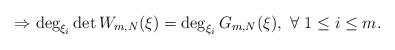
LaTeX: \begin{align*}\Rightarrow \deg_{\xi_i}\det{W_{m,N}(\xi)}=\deg_{\xi_i}G_{m,N}(\xi),\ \forall\ 1\leq i\leq m.\end{align*}